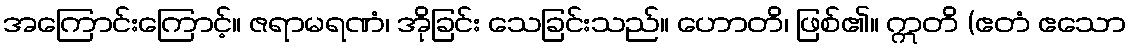
အကြောင်းကြောင့်။ ဇရာမရဏံ၊ အိုခြင်း သေခြင်းသည်။ ဟောတိ၊ ဖြစ်၏။ ဣတိ (ဧတံ ဧသော